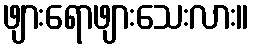
ဖျားရောဖျားသေးလား။